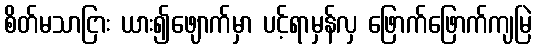
စိတ်မသာငြား ယား၍ဖျောက်မှာ ပင့်ရာမှန်လှ ဖြောက်ဖြောက်ကျမြဲ